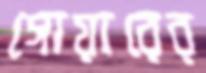
গোয়ারের